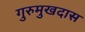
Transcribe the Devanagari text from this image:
गुरुमुखदास